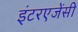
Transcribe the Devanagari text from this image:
इंटरएजेंसी